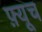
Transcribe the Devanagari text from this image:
फ़्यूच